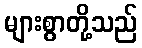
များစွာတို့သည်